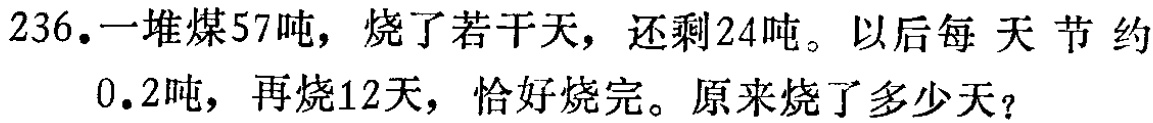
236.一堆煤57吨，烧了若干天，还剩24吨。以后每 天 节 约0.2吨，再烧12天，恰好烧完。原来烧了多少天？